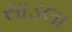
સાડલા